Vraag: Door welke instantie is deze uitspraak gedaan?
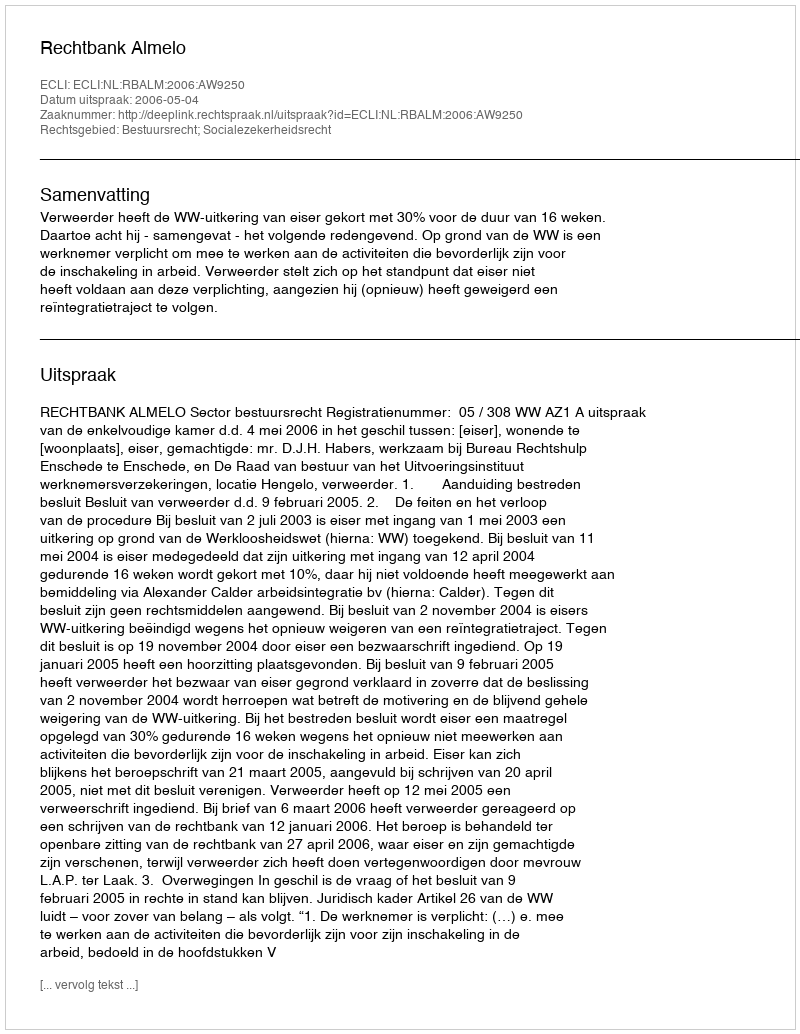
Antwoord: Rechtbank Almelo